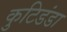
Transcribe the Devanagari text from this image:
कुटिडंडा